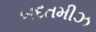
બદતમીઝ